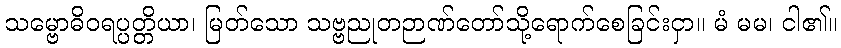
သမ္ဗောဓိဝရပ္ပတ္တိယာ၊ မြတ်သော သဗ္ဗညုတဉာဏ်တော်သို့ရောက်စေခြင်းငှာ။ မံ မမ၊ ငါ၏။